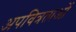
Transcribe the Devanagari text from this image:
अपवित्रताओं